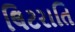
લિટરાતિ